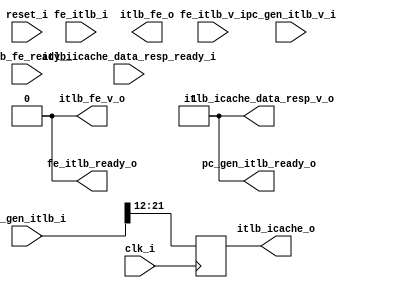
// This program was cloned from: https://github.com/NYU-MLDA/OpenABC
// License: BSD 3-Clause "New" or "Revised" License

module itlb_vaddr_width_p56_paddr_width_p22_eaddr_width_p64_btb_indx_width_p9_bht_indx_width_p5_ras_addr_width_p22_asid_width_p10_ppn_start_bit_p12_tag_width_p10
(
  clk_i,
  reset_i,
  fe_itlb_i,
  fe_itlb_v_i,
  fe_itlb_ready_o,
  pc_gen_itlb_i,
  pc_gen_itlb_v_i,
  pc_gen_itlb_ready_o,
  itlb_icache_o,
  itlb_icache_data_resp_v_o,
  itlb_icache_data_resp_ready_i,
  itlb_fe_o,
  itlb_fe_v_o,
  itlb_fe_ready_i
);

  input [108:0] fe_itlb_i;
  input [63:0] pc_gen_itlb_i;
  output [9:0] itlb_icache_o;
  output [133:0] itlb_fe_o;
  input clk_i;
  input reset_i;
  input fe_itlb_v_i;
  input pc_gen_itlb_v_i;
  input itlb_icache_data_resp_ready_i;
  input itlb_fe_ready_i;
  output fe_itlb_ready_o;
  output pc_gen_itlb_ready_o;
  output itlb_icache_data_resp_v_o;
  output itlb_fe_v_o;
  wire [133:0] itlb_fe_o;
  wire fe_itlb_ready_o,pc_gen_itlb_ready_o,itlb_icache_data_resp_v_o,itlb_fe_v_o;
  reg [9:0] itlb_icache_o;
  assign pc_gen_itlb_ready_o = 1'b1;
  assign itlb_icache_data_resp_v_o = 1'b1;
  assign fe_itlb_ready_o = 1'b0;
  assign itlb_fe_v_o = 1'b0;

  always @(posedge clk_i) begin
    if(1'b1) begin
      { itlb_icache_o[9:0] } <= { pc_gen_itlb_i[21:12] };
    end 
  end


endmodule